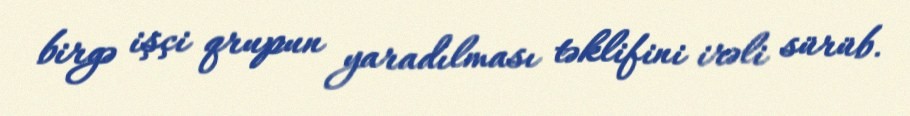
birgə işçi qrupun yaradılması təklifini irəli sürüb.